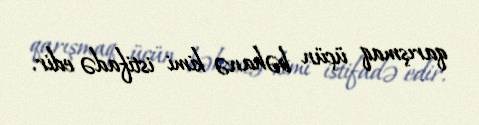
qarışmaq üçün bəhanə kimi istifadə edir.